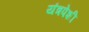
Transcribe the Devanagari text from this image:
यंत्रपेशी